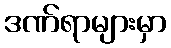
ဒဏ်ရာများမှာ